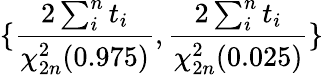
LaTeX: \lbrace\frac{2\sum_{i}^{n}t_{i}}{\chi_{2n}^{2}(0.975)},\frac{2\sum_{i}^{n}t_{i}}{\chi_{2n}^{2}(0.025)}\rbrace